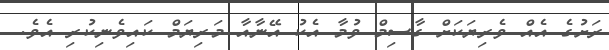
ރަށުގެ އެއް ވެރިޔަކަށް ގާސިމް ވުމާ އެކު އޭނާއާ މަރިޔަމް ކައިވެނިކުރި އެވެ.